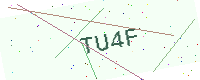
Text: TU4F